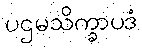
ပဌမသိက္ခာပဒံ